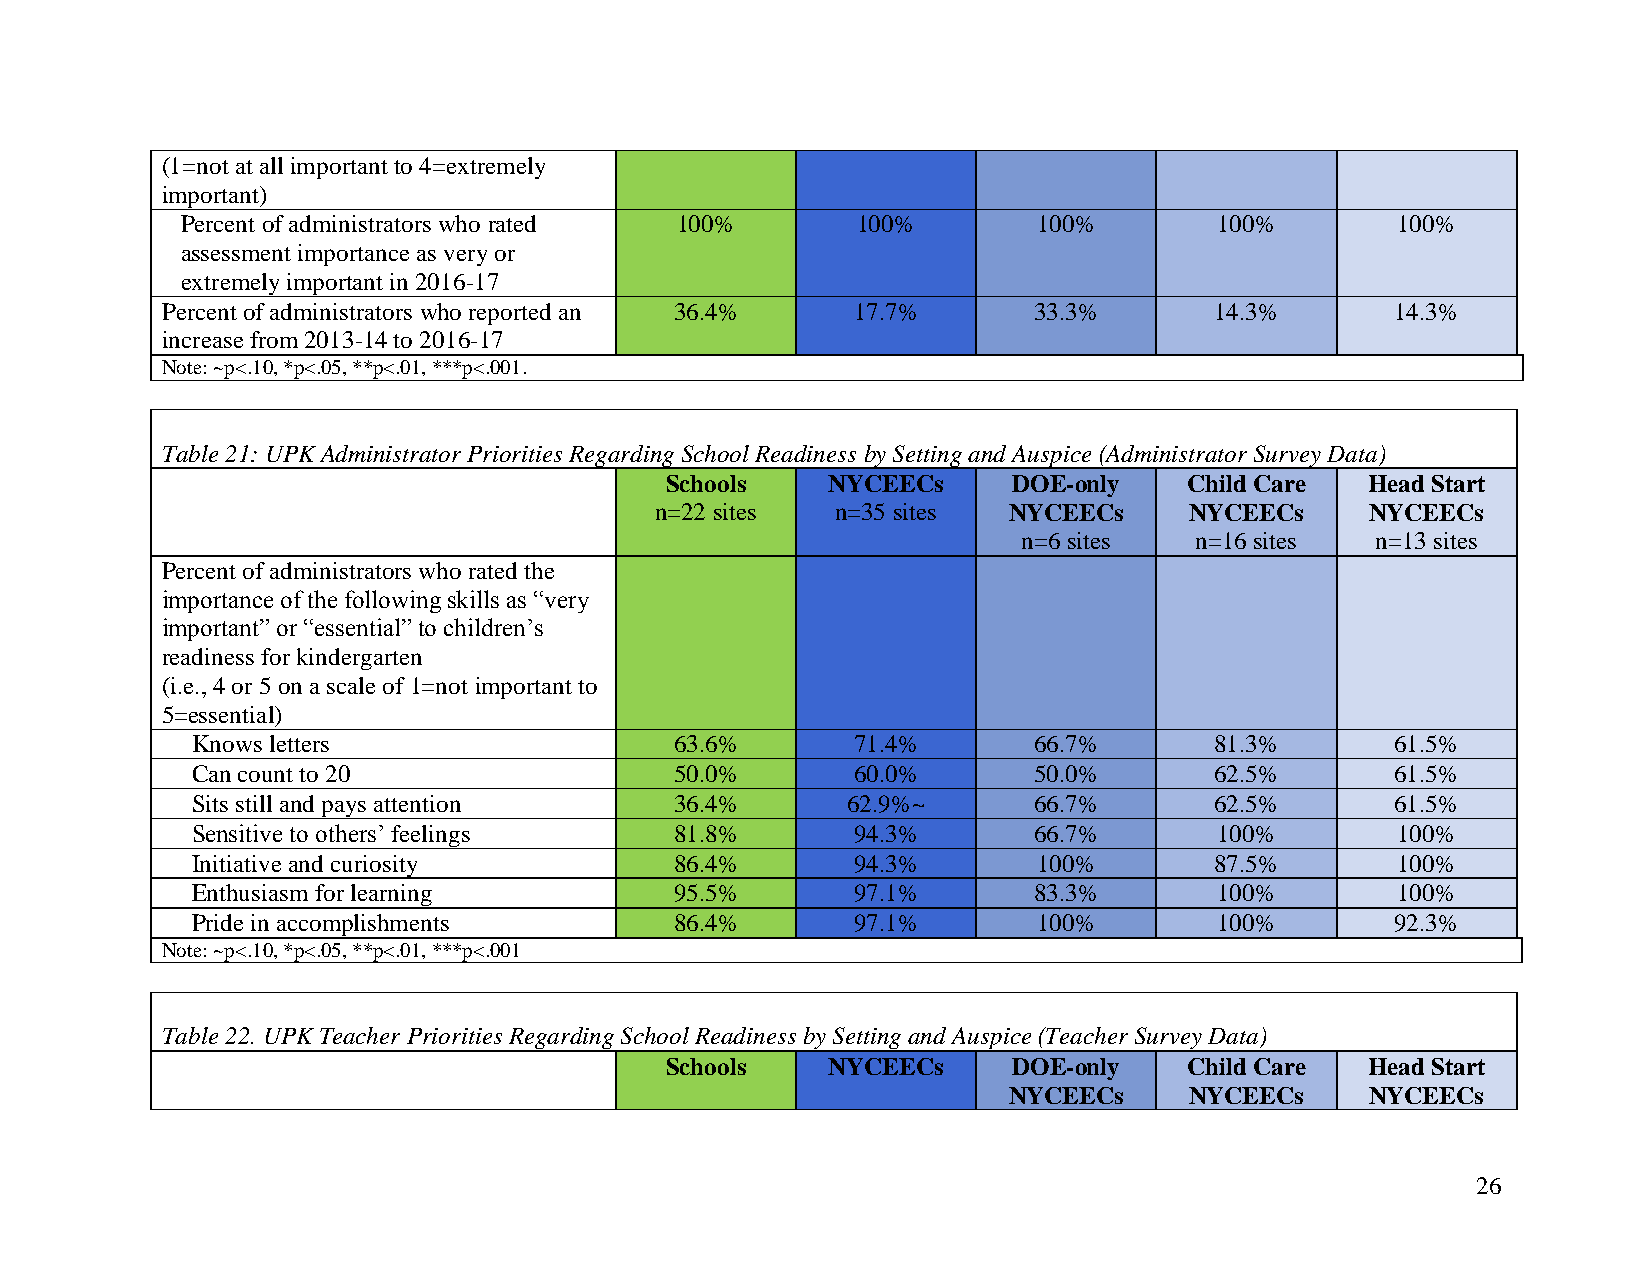
(1=not at all important to 4=extremely
 important)
 Percent of administrators who rated 100%     100%        100%        100%       100%
 assessment importance as very or
 extremely important in 2016-17
 Percent of administrators who reported an 36.4% 17.7%    33.3%       14.3%       14.3%
 increase from 2013-14 to 2016-17
 Note: ~p<.10, *p<.05, **p<.01, ***p<.001.
 Table 21: UPK Administrator Priorities Regarding School Readiness by Setting and Auspice (Administrator Survey Data)
 Schools    NYCEECs     DOE-only    Child Care  Head Start
 n=22 sites  n=35 sites  NYCEECs     NYCEECs     NYCEECs
 n=6 sites  n=16 sites  n=13 sites
 Percent of administrators who rated the
 importance of the following skills as “very
 important” or “essential” to children’s
 readiness for kindergarten
 (i.e., 4 or 5 on a scale of 1=not important to
 5=essential)
 Knows letters                   63.6%      71.4%       66.7%       81.3%       61.5%
 Can count to 20                 50.0%      60.0%       50.0%       62.5%       61.5%
 Sits still and pays attention   36.4%      62.9%~      66.7%       62.5%       61.5%
 Sensitive to others’ feelings   81.8%      94.3%       66.7%        100%       100%
 Initiative and curiosity        86.4%      94.3%        100%       87.5%       100%
 Enthusiasm for learning         95.5%      97.1%       83.3%        100%       100%
 Pride in accomplishments        86.4%      97.1%        100%        100%       92.3%
 Note: ~p<.10, *p<.05, **p<.01, ***p<.001
 Table 22. UPK Teacher Priorities Regarding School Readiness by Setting and Auspice (Teacher Survey Data)
 Schools    NYCEECs     DOE-only    Child Care  Head Start
 NYCEECs     NYCEECs     NYCEECs
 26